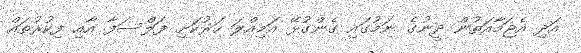
އަދި އެޖަމާއަތުން ދީނުގެ ނަމުގައި ގެންގުޅޭ އަމިއްލަ ހަރުކަށި ފަލްސަފާ އާއި ފިކުރުތައް